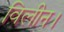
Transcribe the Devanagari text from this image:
विलीन।